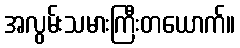
အလွမ်းသမားကြီးတယောက်။